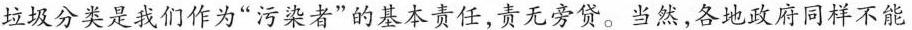
垃圾分类是我们作为”污染者”的基本责任，责无旁贷。当然，各地政府同样不能